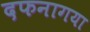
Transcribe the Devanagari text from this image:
दफनागया